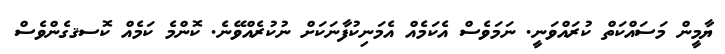
ޔާމީން މަސައްކަތް ކުރައްވަނީ. ނަމަވެސް އެކަމެއް އެމަނިކުފާނަކަށް ނުކުރެއްވޭނެ. ކޮންމެ ކަމެއް ކޮސޤގެންވެސް